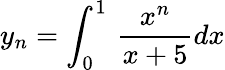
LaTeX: y_{n}=\int_{0}^{1}\, {\frac{x^{n}}{x+5}}dx